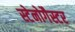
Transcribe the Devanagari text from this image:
स्टेनोगैस्टर